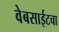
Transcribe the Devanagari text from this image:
वेबसाईटचा